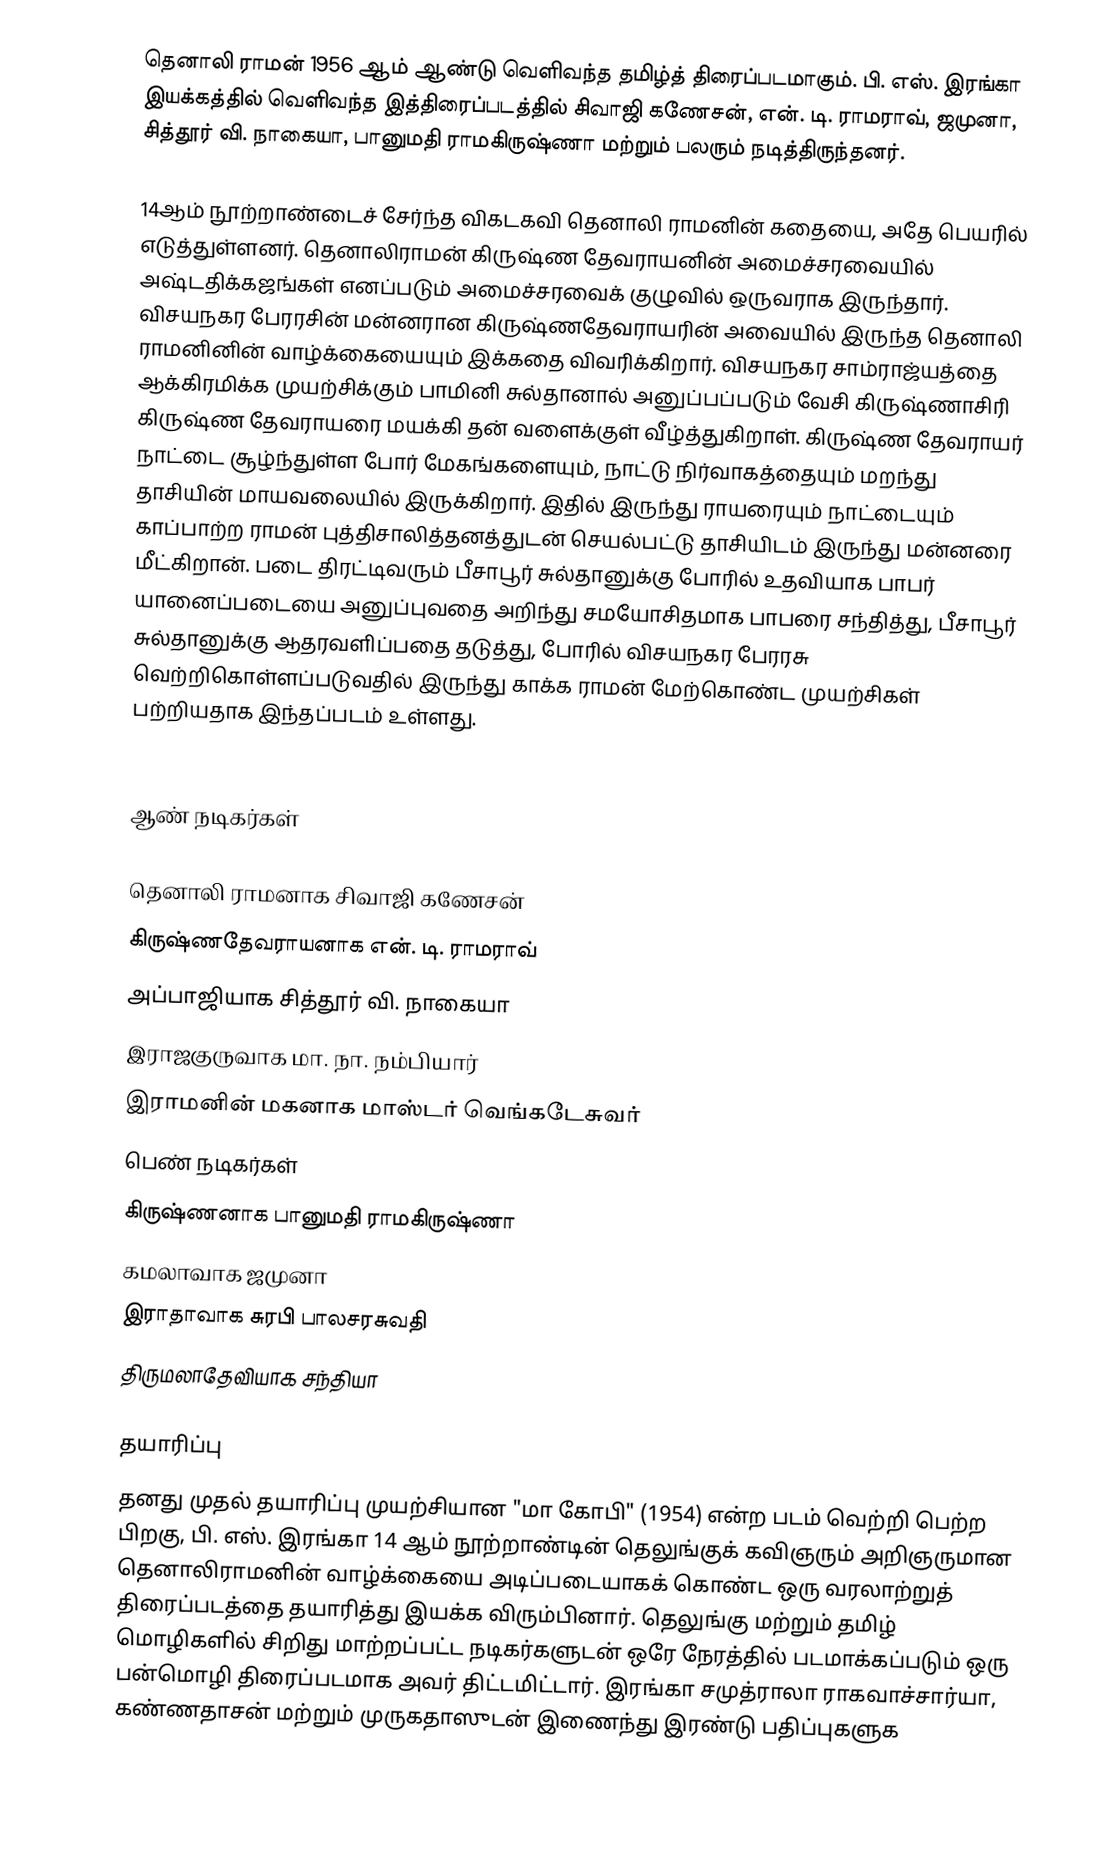
தெனாலி ராமன் 1956 ஆம் ஆண்டு வெளிவந்த தமிழ்த் திரைப்படமாகும். பி. எஸ். இரங்கா இயக்கத்தில் வெளிவந்த இத்திரைப்படத்தில் சிவாஜி கணேசன், என். டி. ராமராவ், ஜமுனா, சித்தூர் வி. நாகையா, பானுமதி ராமகிருஷ்ணா மற்றும் பலரும் நடித்திருந்தனர்.

14ஆம் நூற்றாண்டைச் சேர்ந்த விகடகவி தெனாலி ராமனின் கதையை, அதே பெயரில் எடுத்துள்ளனர். தெனாலிராமன் கிருஷ்ண தேவராயனின் அமைச்சரவையில் அஷ்டதிக்கஜங்கள் எனப்படும் அமைச்சரவைக் குழுவில் ஒருவராக இருந்தார். விசயநகர பேரரசின் மன்னரான கிருஷ்ணதேவராயரின் அவையில் இருந்த தெனாலி ராமனினின் வாழ்க்கையையும் இக்கதை விவரிக்கிறார். விசயநகர சாம்ராஜ்யத்தை ஆக்கிரமிக்க முயற்சிக்கும் பாமினி சுல்தானால் அனுப்பப்படும் வேசி கிருஷ்ணாசிரி கிருஷ்ண தேவராயரை மயக்கி தன் வளைக்குள் வீழ்த்துகிறாள். கிருஷ்ண தேவராயர் நாட்டை சூழ்ந்துள்ள போர் மேகங்களையும், நாட்டு நிர்வாகத்தையும் மறந்து தாசியின் மாயவலையில் இருக்கிறார். இதில் இருந்து ராயரையும் நாட்டையும் காப்பாற்ற ராமன்  புத்திசாலித்தனத்துடன் செயல்பட்டு தாசியிடம் இருந்து மன்னரை மீட்கிறான். படை திரட்டிவரும் பீசாபூர் சுல்தானுக்கு போரில் உதவியாக பாபர் யானைப்படையை அனுப்புவதை அறிந்து சமயோசிதமாக பாபரை சந்தித்து, பீசாபூர் சுல்தானுக்கு ஆதரவளிப்பதை தடுத்து, போரில் விசயநகர பேரரசு வெற்றிகொள்ளப்படுவதில் இருந்து காக்க ராமன் மேற்கொண்ட முயற்சிகள் பற்றியதாக இந்தப்படம் உள்ளது.

Cast
ஆண் நடிகர்கள்

 தெனாலி ராமனாக சிவாஜி கணேசன்
 கிருஷ்ணதேவராயனாக என். டி. ராமராவ்
 அப்பாஜியாக சித்தூர் வி. நாகையா
 இராஜகுருவாக மா. நா. நம்பியார்
 இராமனின் மகனாக மாஸ்டர் வெங்கடேசுவர்
பெண் நடிகர்கள்
 கிருஷ்ணனாக பானுமதி ராமகிருஷ்ணா
 கமலாவாக ஜமுனா
 இராதாவாக சுரபி பாலசரசுவதி
 திருமலாதேவியாக சந்தியா

தயாரிப்பு
தனது முதல் தயாரிப்பு முயற்சியான "மா கோபி" (1954) என்ற படம் வெற்றி பெற்ற பிறகு, பி. எஸ். இரங்கா 14 ஆம் நூற்றாண்டின் தெலுங்குக் கவிஞரும் அறிஞருமான தெனாலிராமனின் வாழ்க்கையை அடிப்படையாகக் கொண்ட ஒரு வரலாற்றுத் திரைப்படத்தை தயாரித்து இயக்க விரும்பினார். தெலுங்கு மற்றும் தமிழ் மொழிகளில் சிறிது மாற்றப்பட்ட நடிகர்களுடன் ஒரே நேரத்தில் படமாக்கப்படும் ஒரு பன்மொழி திரைப்படமாக அவர் திட்டமிட்டார். இரங்கா சமுத்ராலா ராகவாச்சார்யா, கண்ணதாசன் மற்றும் முருகதாஸுடன் இணைந்து இரண்டு பதிப்புகளுக